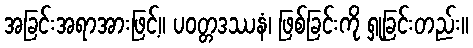
အခြင်းအရာအားဖြင့်။ ပဝတ္တဒဿနံ၊ ဖြစ်ခြင်းကို ရှုခြင်းတည်း။